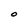
Character: O